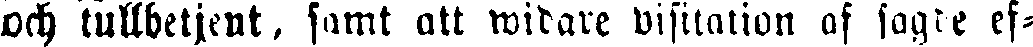
och tullbetjent, samt att widare visitation af sagde ef-